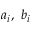
a _ { i } , ~ b _ { i }